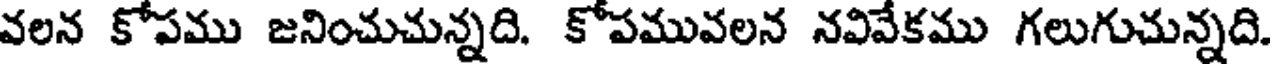
వలన కోపము జనించుచున్నది. కోపమువలన నవివేకము గలుగుచున్నది.